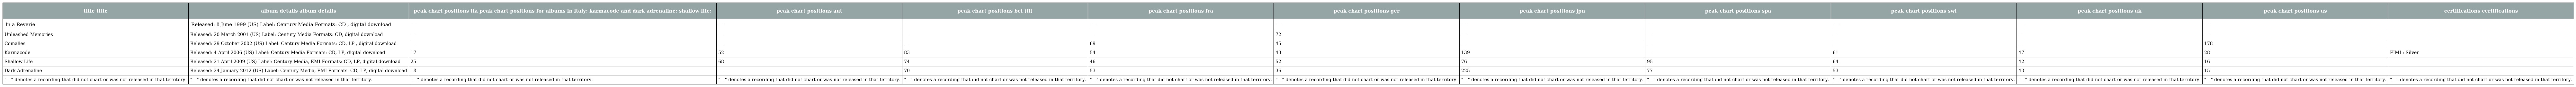
| title title | album details album details | peak chart positions ita peak chart positions for albums in italy: karmacode and dark adrenaline: shallow life: | peak chart positions aut | peak chart positions bel (fl) | peak chart positions fra | peak chart positions ger | peak chart positions jpn | peak chart positions spa | peak chart positions swi | peak chart positions uk | peak chart positions us | certifications certifications |
 | --- | --- | --- | --- | --- | --- | --- | --- | --- | --- | --- | --- | --- |
 | In a Reverie | Released: 8 June 1999 (US) Label: Century Media Formats: CD , digital download | — | — | — | — | — | — | — | — | — | — |  |
 | Unleashed Memories | Released: 20 March 2001 (US) Label: Century Media Formats: CD, digital download | — | — | — | — | 72 | — | — | — | — | — |  |
 | Comalies | Released: 29 October 2002 (US) Label: Century Media Formats: CD, LP , digital download | — | — | — | 69 | 45 | — | — | — | — | 178 |  |
 | Karmacode | Released: 4 April 2006 (US) Label: Century Media Formats: CD, LP, digital download | 17 | 52 | 83 | 54 | 43 | 139 | — | 61 | 47 | 28 | FIMI : Silver |
 | Shallow Life | Released: 21 April 2009 (US) Label: Century Media, EMI Formats: CD, LP, digital download | 25 | 68 | 74 | 46 | 52 | 76 | 95 | 64 | 42 | 16 |  |
 | Dark Adrenaline | Released: 24 January 2012 (US) Label: Century Media, EMI Formats: CD, LP, digital download | 18 | — | 70 | 53 | 36 | 225 | 77 | 53 | 48 | 15 |  |
 | "—" denotes a recording that did not chart or was not released in that territory. | "—" denotes a recording that did not chart or was not released in that territory. | "—" denotes a recording that did not chart or was not released in that territory. | "—" denotes a recording that did not chart or was not released in that territory. | "—" denotes a recording that did not chart or was not released in that territory. | "—" denotes a recording that did not chart or was not released in that territory. | "—" denotes a recording that did not chart or was not released in that territory. | "—" denotes a recording that did not chart or was not released in that territory. | "—" denotes a recording that did not chart or was not released in that territory. | "—" denotes a recording that did not chart or was not released in that territory. | "—" denotes a recording that did not chart or was not released in that territory. | "—" denotes a recording that did not chart or was not released in that territory. | "—" denotes a recording that did not chart or was not released in that territory. |